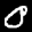
Label: 0